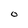
Character: O